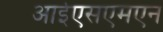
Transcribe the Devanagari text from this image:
आईएसएमएन